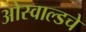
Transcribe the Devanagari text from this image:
ओस्वाल्डचे